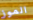
الموز